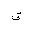
Letter: _qaf